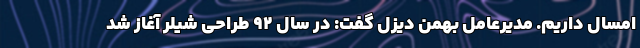
امسال داریم. مدیرعامل بهمن دیزل گفت: در سال ۹۲ طراحی شیلر آغاز شد